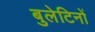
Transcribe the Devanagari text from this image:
बुलेटिनों